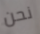
نحن